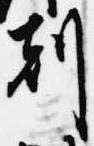
刻